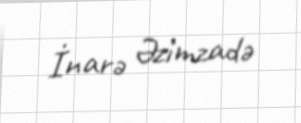
İnarə Əzimzadə